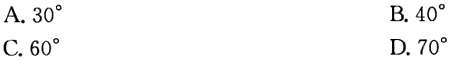
A. \(30^{\circ}\)
B. \(40^{\circ}\)
C. \(60^{\circ}\)
D. \(70^{\circ}\)